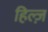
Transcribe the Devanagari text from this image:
हिल्ज़